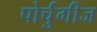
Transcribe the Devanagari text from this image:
पोर्चुगीज